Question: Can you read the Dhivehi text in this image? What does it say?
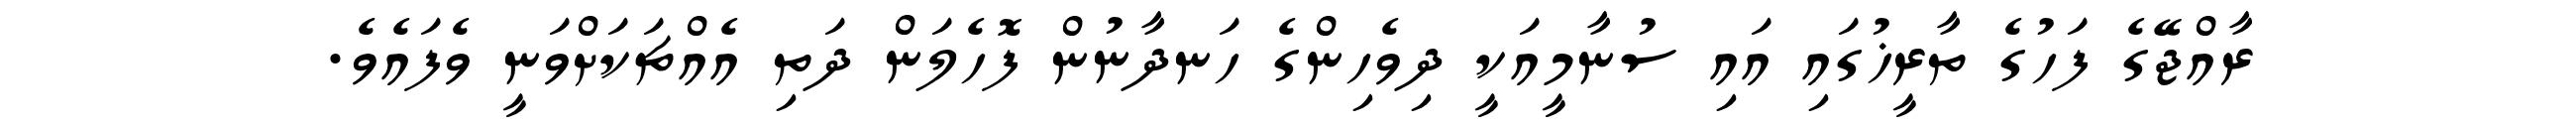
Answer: ރާއްޖޭގެ ފަހުގެ ތާރީޚުގައި އައި ސުނާމީއަކީ ދިވެހިންގެ ހަނދާނުން ފޮހެލަން ދަތި އެއްޗަކަށްވަނީ ވެފައެވެ.